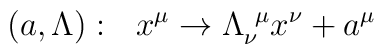
(a, \Lambda):~~x^\mu  \rightarrow \Lambda_{\nu}^{~\mu}x^\nu + a^\mu